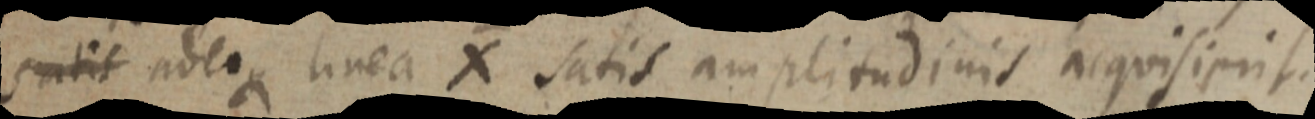
satis adeoque linea X satis amplitudinis acquisierit.